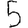
Digit: 5